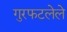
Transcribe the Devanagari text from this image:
गुरफटलेले